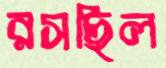
রসছিল